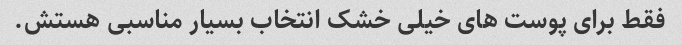
فقط برای پوست های خیلی خشک انتخاب بسیار مناسبی هستش.